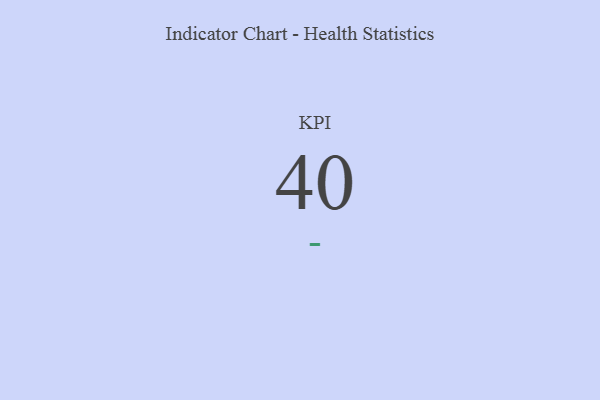
{"axis": {"x": "KPI", "y": "Value"}, "legend": [""], "data": [{"x": "KPI", "y": 40, "type": ""}]}